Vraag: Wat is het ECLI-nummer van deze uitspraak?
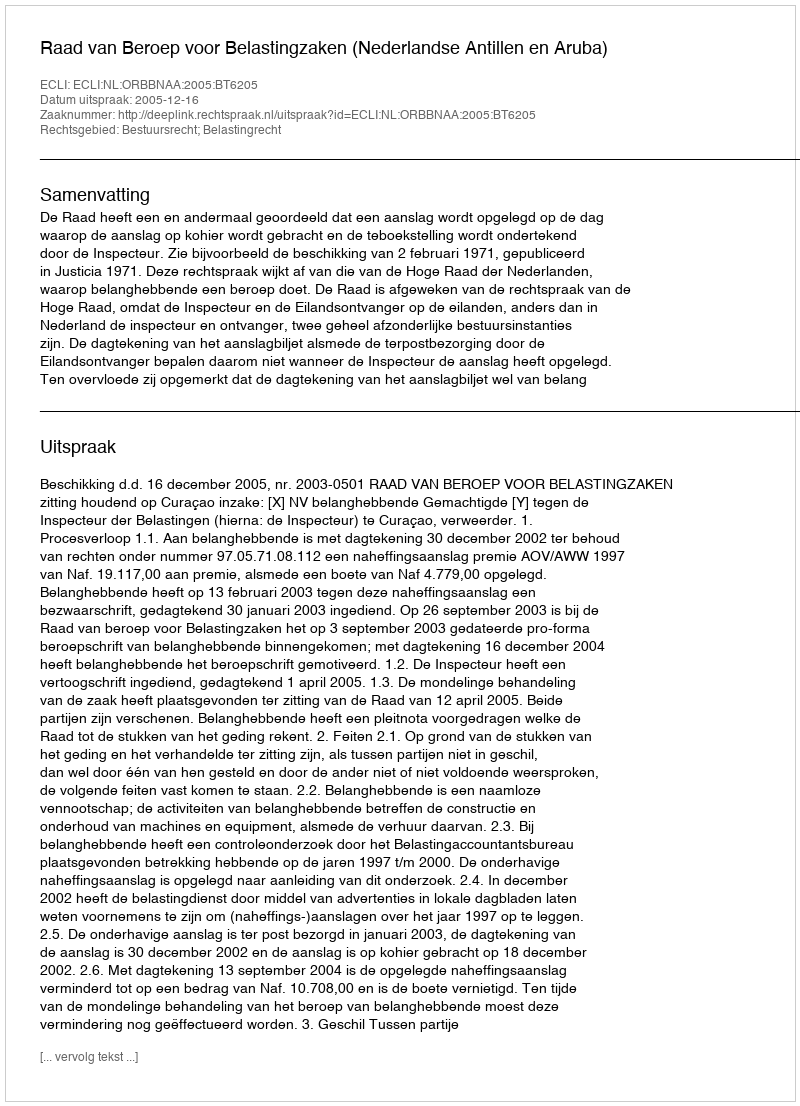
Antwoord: ECLI:NL:ORBBNAA:2005:BT6205